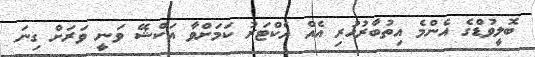
ބޮލީވުޑްގެ އެންމެ އިތުބާރުހުރި އެއް އެކްޓަރު ކަމަށްވާ އަކްޝޭ ވަނީ ވަރަށް ގިނަ